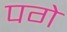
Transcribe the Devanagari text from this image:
पगे